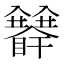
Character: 𥍅